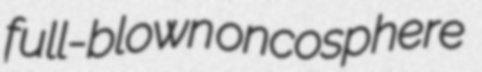
full-blown oncosphere